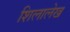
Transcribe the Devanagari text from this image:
शिलालेख